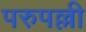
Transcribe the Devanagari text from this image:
परुपल्ली